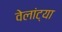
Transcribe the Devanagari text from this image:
वेलांट्या